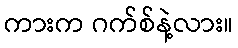
ကားက ဂက်စ်နဲ့လား။